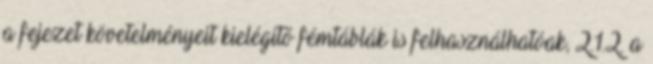
a fejezet követelményeit kielégítõ fémtáblák is felhasználhatóak, 2.1.2. a